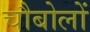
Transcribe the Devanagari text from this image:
चौबोलों